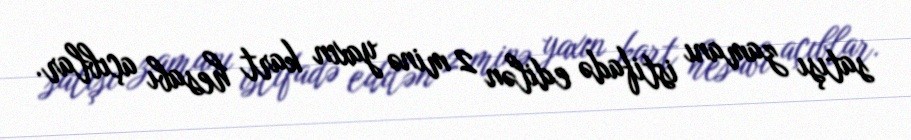
satışı zamanı istifadə edilən 2 minə yaxın kart hesabı açıblar.